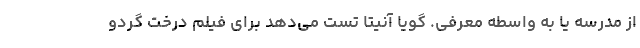
از مدرسه یا به واسطه معرفی. گویا آنیتا تست می‌دهد برای فیلم درخت گردو